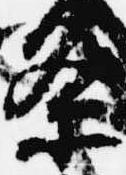
条